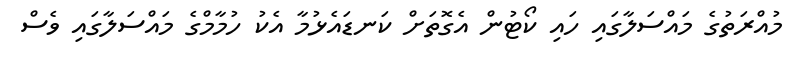
މުއްރަތުގެ މައްސަލާގައި ހައި ކޯޓުން އެގޮތަށް ކަނޑައެޅުމާ އެކު ހުމާމްގެ މައްސަލާގައި ވެސް